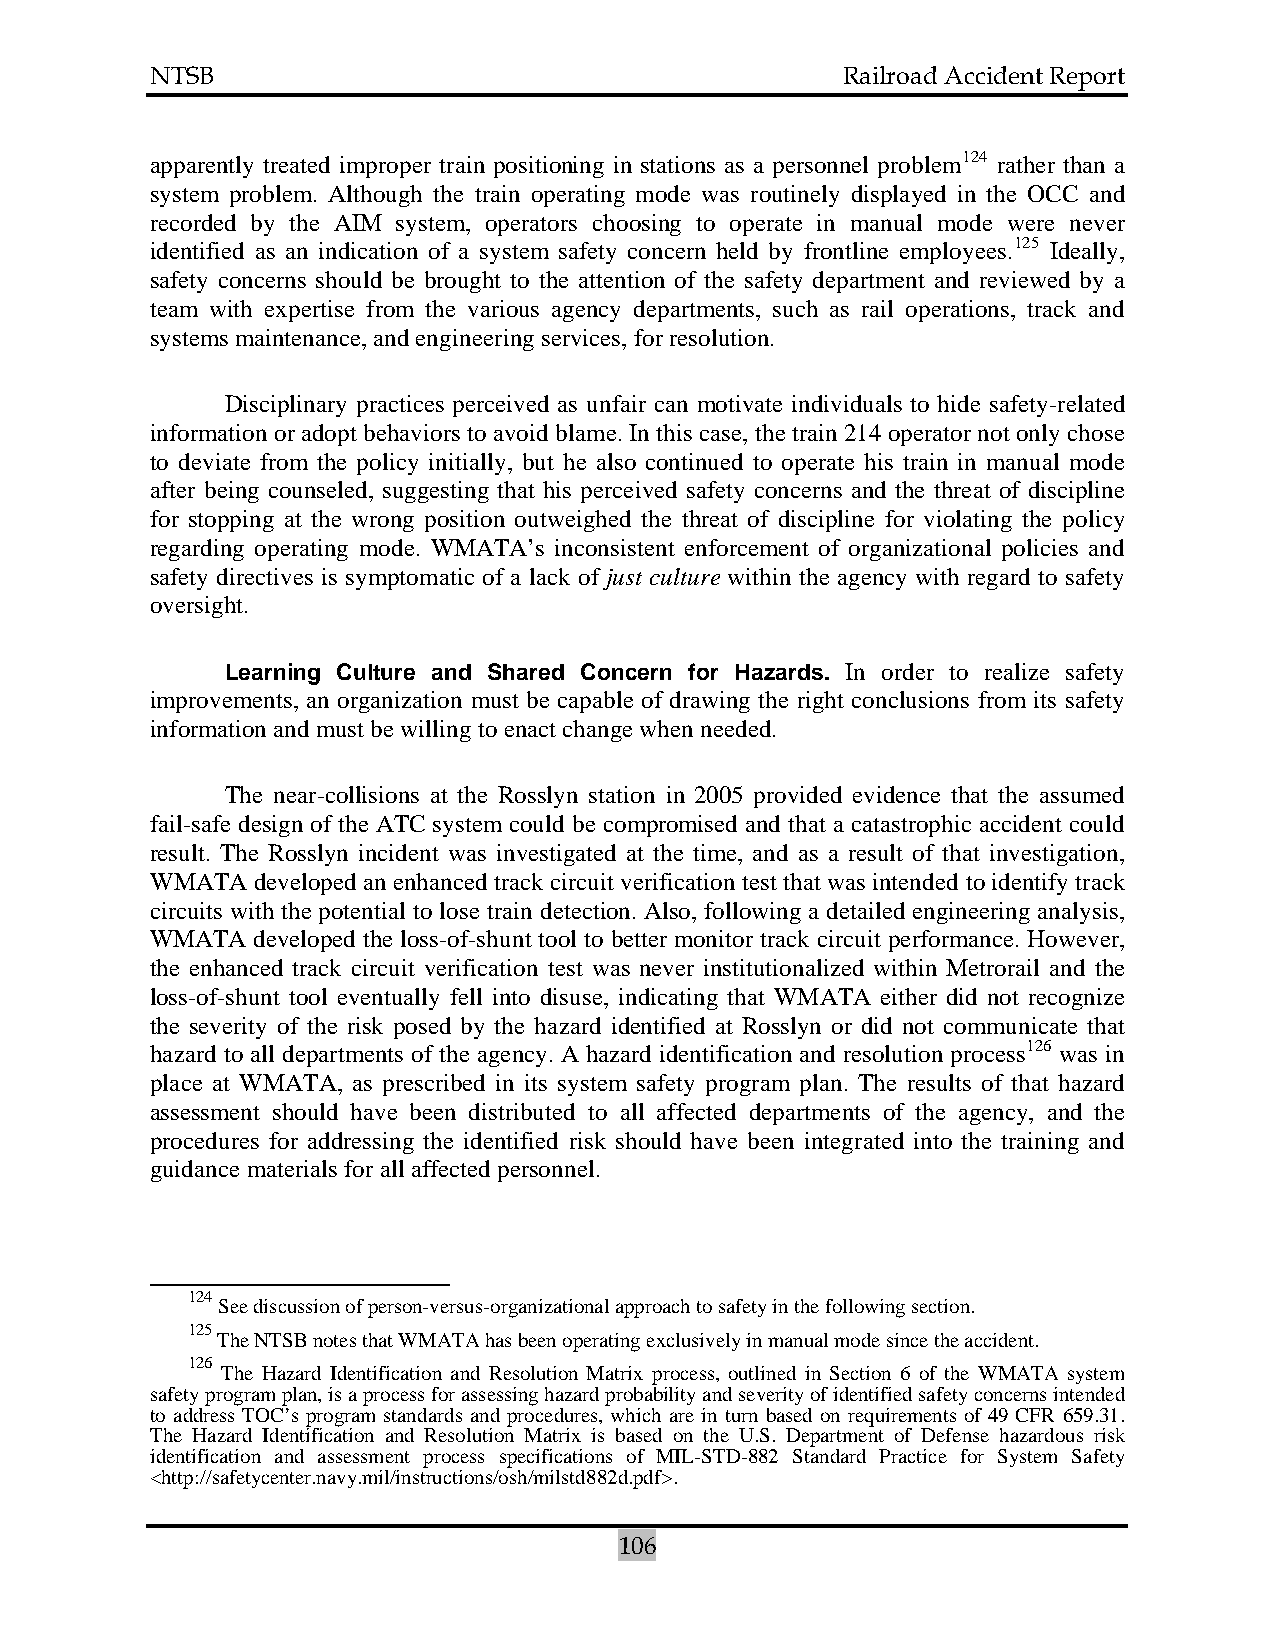
NTSB                                          Railroad Accident Report
 apparently treated improper train positioning in stations as a personnel problem124 rather than a
 system problem. Although the train operating mode was routinely displayed in the OCC and
 recorded by the AIM system, operators choosing to operate in manual mode were never
 identified as an indication of a system safety concern held by frontline employees.125 Ideally,
 safety concerns should be brought to the attention of the safety department and reviewed by a
 team with expertise from the various agency departments, such as rail operations, track and
 systems maintenance, and engineering services, for resolution.
 Disciplinary practices perceived as unfair can motivate individuals to hide safety-related
 information or adopt behaviors to avoid blame. In this case, the train 214 operator not only chose
 to deviate from the policy initially, but he also continued to operate his train in manual mode
 after being counseled, suggesting that his perceived safety concerns and the threat of discipline
 for stopping at the wrong position outweighed the threat of discipline for violating the policy
 regarding operating mode. WMATA’s inconsistent enforcement of organizational policies and
 safety directives is symptomatic of a lack of just culture within the agency with regard to safety
 oversight.
 Learning Culture and Shared Concern for Hazards. In order to realize safety
 improvements, an organization must be capable of drawing the right conclusions from its safety
 information and must be willing to enact change when needed.
 The near-collisions at the Rosslyn station in 2005 provided evidence that the assumed
 fail-safe design of the ATC system could be compromised and that a catastrophic accident could
 result. The Rosslyn incident was investigated at the time, and as a result of that investigation,
 WMATA  developed an enhanced track circuit verification test that was intended to identify track
 circuits with the potential to lose train detection. Also, following a detailed engineering analysis,
 WMATA  developed the loss-of-shunt tool to better monitor track circuit performance. However,
 the enhanced track circuit verification test was never institutionalized within Metrorail and the
 loss-of-shunt tool eventually fell into disuse, indicating that WMATA either did not recognize
 the severity of the risk posed by the hazard identified at Rosslyn or did not communicate that
 hazard to all departments of the agency. A hazard identification and resolution process126 was in
 place at WMATA, as prescribed in its system safety program plan. The results of that hazard
 assessment should have been distributed to all affected departments of the agency, and the
 procedures for addressing the identified risk should have been integrated into the training and
 guidance materials for all affected personnel.
 124
 See discussion of person-versus-organizational approach to safety in the following section.
 125
 The NTSB notes that WMATA has been operating exclusively in manual mode since the accident.
 126
 The Hazard Identification and Resolution Matrix process, outlined in Section 6 of the WMATA system
 safety program plan, is a process for assessing hazard probability and severity of identified safety concerns intended
 to address TOC’s program standards and procedures, which are in turn based on requirements of 49 CFR 659.31.
 The Hazard Identification and Resolution Matrix is based on the U.S. Department of Defense hazardous risk
 identification and assessment process specifications of MIL-STD-882 Standard Practice for System Safety
 <http://safetycenter.navy.mil/instructions/osh/milstd882d.pdf>.
 106